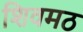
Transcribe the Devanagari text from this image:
शिवमठ